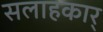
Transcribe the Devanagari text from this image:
सलाहकार्